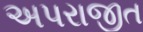
અપરાજીત